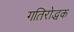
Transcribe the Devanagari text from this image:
गतिरोद्धक